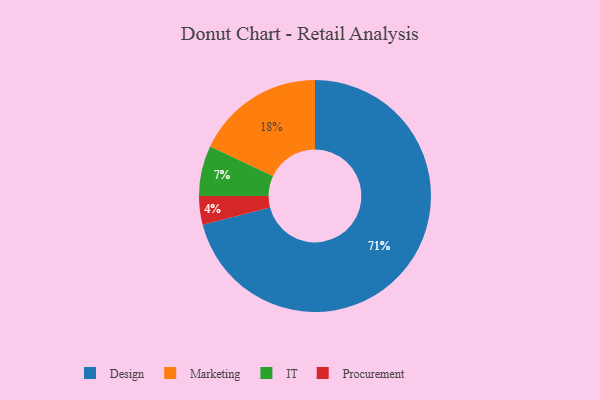
{"axis": {"x": "Category", "y": "Percentage"}, "legend": ["Design", "IT", "Marketing", "Procurement"], "data": [{"x": "Procurement", "y": 4, "type": "Procurement"}, {"x": "Marketing", "y": 18, "type": "Marketing"}, {"x": "IT", "y": 7, "type": "IT"}, {"x": "Design", "y": 71, "type": "Design"}]}